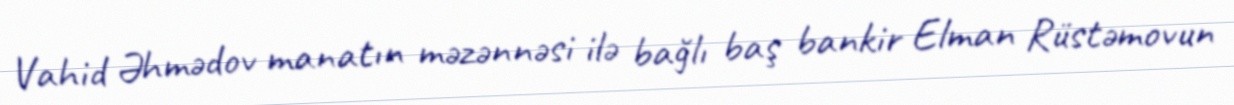
Vahid Əhmədov manatın məzənnəsi ilə bağlı baş bankir Elman Rüstəmovun